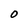
Character: O